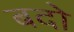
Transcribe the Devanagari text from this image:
बदो